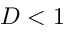
D < 1